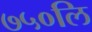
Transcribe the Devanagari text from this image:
७५०लि